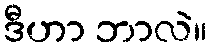
ဒီဟာ ဘာလဲ။